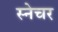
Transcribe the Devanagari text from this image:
स्नेचर